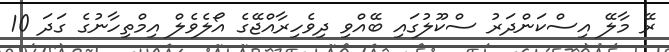
ރޭ މާލޭ އިސްކަންދަރު ސްކޫލުގައި ބޭއްވި ދިވެހިރާއްޖޭގެ އޯލެވެލް އިމްތިހާނުގެ ގަދަ 10